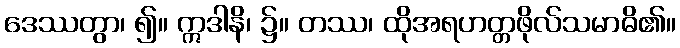
ဒေဿတွာ၊ ၍။ ဣဒါနိ၊ ၌။ တဿ၊ ထိုအရဟတ္တဖိုလ်သမာဓိ၏။